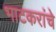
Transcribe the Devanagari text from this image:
भाटकरांचे